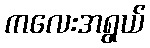
ကလေးအရွယ်